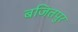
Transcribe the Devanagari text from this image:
बजितपुर